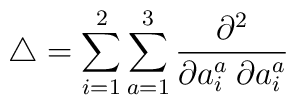
\bigtriangleup = \sum_{i=1}^2 \sum_{a=1}^3 \frac{\partial^2}   {\partial a^a_i \: \partial a^a_i }